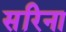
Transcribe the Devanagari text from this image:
सरिना